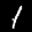
Label: 1